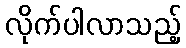
လိုက်ပါလာသည့်